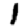
Digit: 1